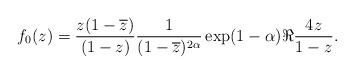
LaTeX: \begin{align*}f_{0}(z)=\dfrac{z(1-\overline{z})}{(1-z)}\dfrac{1}{(1-\overline{z})^{2\alpha}}\exp (1-\alpha )\Re \dfrac{4z}{1-z}.\end{align*}